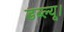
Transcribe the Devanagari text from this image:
डब्ल्यू।